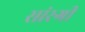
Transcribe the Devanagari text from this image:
सांरगी